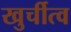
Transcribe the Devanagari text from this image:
खुर्चीत्व